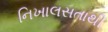
નિખાલસતાથી